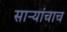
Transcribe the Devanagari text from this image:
साऱ्यांचाच